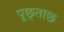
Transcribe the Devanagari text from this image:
पूछ्ताछ